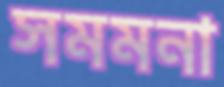
সমমনা